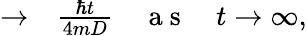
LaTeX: \begin{array}{rl}{\rightarrow}&{{}\frac{\hbar t}{4mD}\quad\mathrm{~a~s~}\quad t\rightarrow\infty,}\end{array}